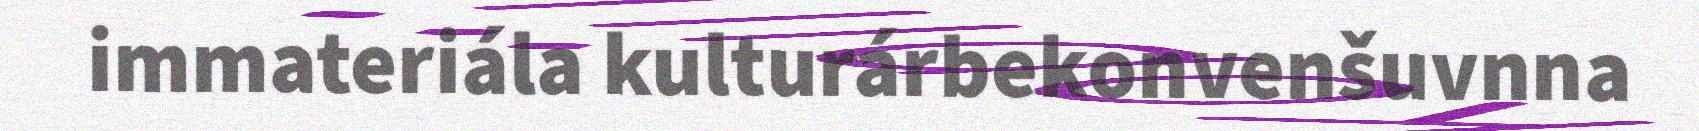
immateriála kulturárbekonvenšuvnna